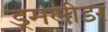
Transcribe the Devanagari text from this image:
ड्रमलीडर